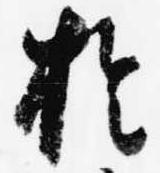
於